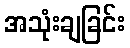
အသုံးချခြင်း